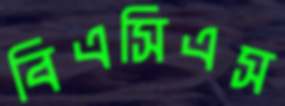
বিএসিএস